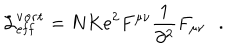
{ \cal L } _ { \bf e f f } ^ { \bf v o r t } = N K e ^ { 2 } F ^ { \mu \nu } \frac { 1 } { \partial ^ { 2 } } F _ { \mu \nu } \, \, \, \, .